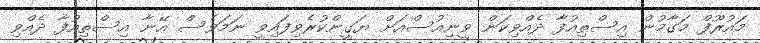
މައުރޫފް މަގާމުން އިސްތިއުފާ ދެއްވިކަން ވީނިއުސްއަށް ޔަގީންކުރެވިފައިވީ ނަމަވެސް އޭނާ އިސްތިއުފާ ދެއްވި